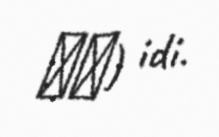
太保) idi.